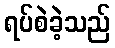
ရပ်စဲခဲ့သည်